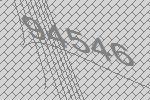
94546